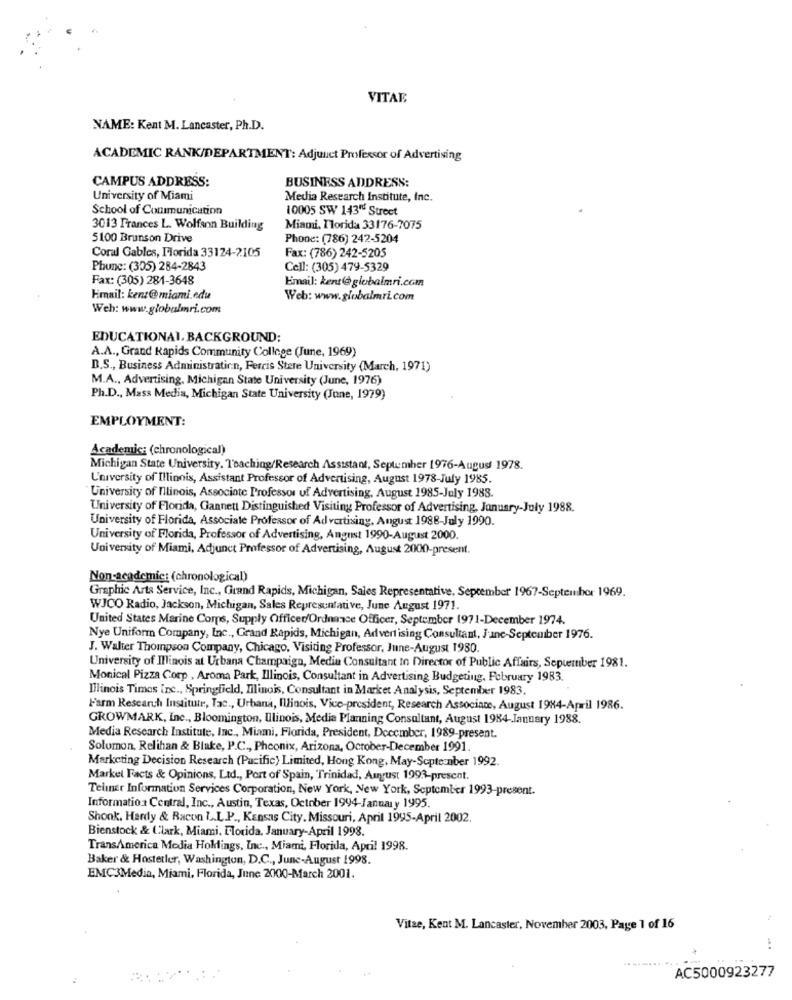
VITAE
NAME: Kent M. Lancaster, Ph.D.
ACADEMIC RANK/DEPARTMENT: Adjunct Professor of Advertising
CAMPUS ADDRESS:
BUSINESS ADDRESS:
University of Miami
Media Research Institute, Inc.
School of Communication
10005 SW 143" Strect
3013 Frances L. Wolfson Building
Miami, Florida 33176-7075
5100 Brunson Drive
Phone: (786) 242-5204
Coral Gables, Florida 33124-2105
Fax: (786) 242-5205
Phunc: (305) 284-2843
Cell: (305) 479-5329
Fax: (305) 281-3648
Email: kent@globalmri.com
Fimail: kent@miami.edu
Web: www.globalmri.com
Weh: www.globalmri.com
EDUCATIONAL BACKGROUND:
A.A ., Grand Rapids Community College (June, 1969)
D.S ., Business Administration, Ferris Stere University (March, 1971)
M.A ., Advertising, Michigan State University (June, 1976)
Ph.D ., Mass Media, Michigan State University (June, 1979)
EMPLOYMENT:
Academic: (chronological)
Michigan State University, Teaching/Research Assistant, September 1976-August 1978.
University of Illinois, Assistant Professor of Advertising, August 1978-July 1985.
University of Illinois, Associate Professor uf Advertising, August 1985-July 1988.
University of Florida, Gannett Distinguished Visiting Professor of Advertising, January-July 1988.
University of Florida, Associate Professor of Advertising, Angust 1988-July 1990.
University of Florida, Professor of Advertising, Angust 1990-August 2000.
University of Miami, Adjunct Professor of Advertising, August 2000-present.
Non-academic: (chronological)
Graphic Arts Service, Inc ., Grand Rapids, Michigan, Sales Representative. September 1967-September 1969.
WJCO Radio, Jackson, Michigan, Sales Representative, June August 1971.
United States Marine Corps, Supply Officer/Ordnance Officer, September 1971-December 1974.
Nye Uniform Company, Inc ., Grand Rapids, Michigan, Advertising Consultant, June-September 1976.
J. Walter Thompson Company, Chicago, Visiting Professor, June-August 1980.
University of Illinois at Urbana Champaign, Media Consultant to Director of Public Affairs, Sepueruber 1981.
Monical Pizza Corp , Aroma Park, Illinois, Consultant in Advertising Budgeting, February 1983.
Illinois Times inc ., Springfield, Illinois, Consultant in Market Analysis, September 1983.
Farm Research Institute, Tac ., Urbana, Illinois, Vice-president, Research Associate, August 1984-April 1986.
GROWMARK, Inc ., Bloomington, Illinois, Media Planning Consultant, August 1984-January 1988.
Media Research Institute, Inc ., Miami, Florida, President, December, 1989-present.
Solomon, Relihan & Blake, P.C ., Pheonix, Arizona, October-December 1991
Marketing Decision Research (Pacific) Limited, Hong Kong, May-Sopteonber 1992.
Market Facts & Opinions, Ltd ., Port of Spain, Trinidad, August 1993-present.
Teliner Information Services Corporation, New York, New York, September 1993-present.
Information Central, Inc ., Austin, Texas, October 1994-January 1995.
Shook, Hardy & Racon L.L.P ., Kansas City. Missouri, April 1995-April 2002.
Bienstock & Clark, Miami, Florida, January-April 1998.
TransAmerica Media Hollings, Inc ., Miami, Florida, April 1998.
Baker & Hostetler, Washington, D.C ., June-August 1998.
EMC3Media, Miami, Florida, June 2000-March 2001.
Vitae, Kent M. Lancaster, November 2003, Page 1 of 16
AC5000923277